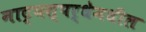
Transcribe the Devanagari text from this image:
नाट्यस्पर्धेमधील